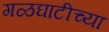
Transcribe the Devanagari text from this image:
गळघाटीच्या